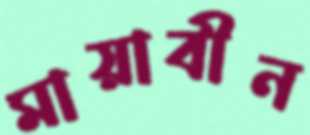
মায়াবীন